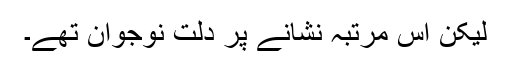
لیکن اس مرتبہ نشانے پر دلت نوجوان تھے۔